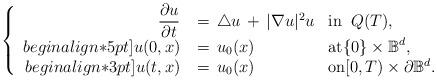
LaTeX: \begin{align*}\left\{\begin{array}{rll}\dfrac {\partial u}{\partial t} & \, = \, \triangle u \, + \, | \nabla u |^2 u & \mathrm{in} \;\; Q(T),\\begin{align*}5pt]u(0,x) & \, = \, u_0(x) & \mathrm{at} \{0\} \times \mathbb{B}^d,\\begin{align*}3pt]u(t,x) & \, = \, u_0(x) & \mathrm{on} [0,T) \times \partial \mathbb{B}^d.\end{array}\right.\end{align*}